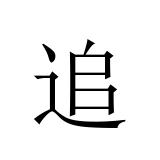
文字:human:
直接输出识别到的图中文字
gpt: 追